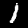
Label: 1